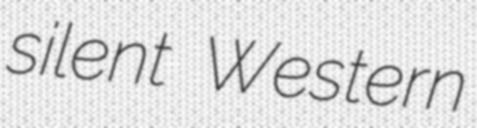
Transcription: silent Western